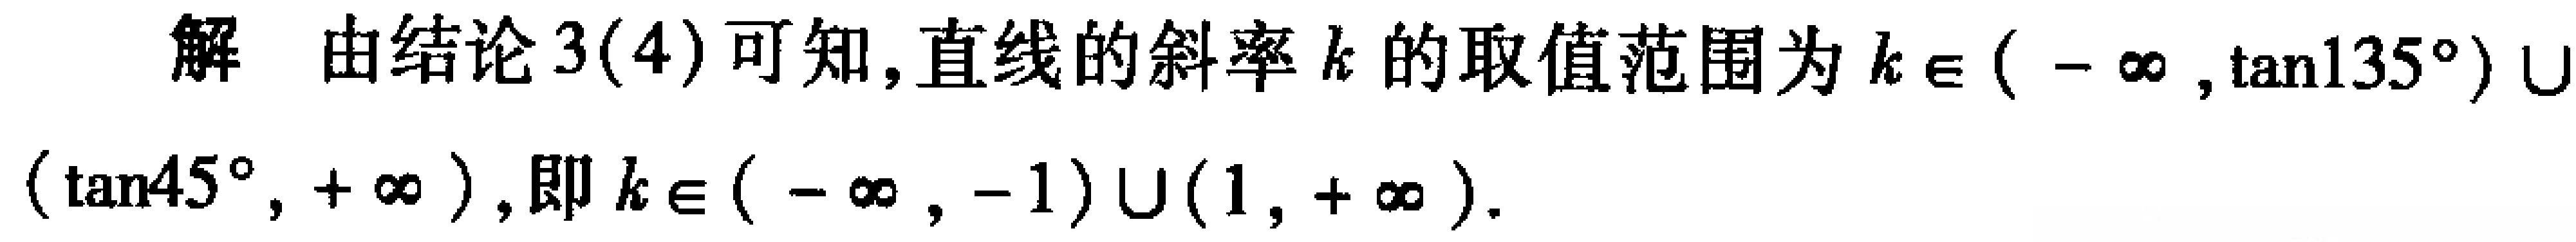
解 由结论3(4)可知,直线的斜率\(k\)的取值范围为\(k\in(-\infty,\tan135^{\circ})\cup(\tan45^{\circ},+\infty)\),即\(k\in(-\infty,-1)\cup(1,+\infty)\).